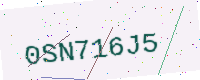
Text: 0SN716J5